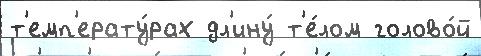
т'емп'ерату́рах дл'ину́ т'е́лом голово́й